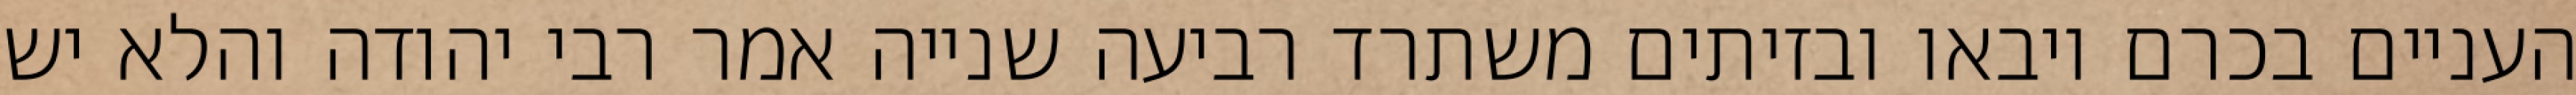
העניים בכרם ויבאו ובזיתים משתרד רביעה שנייה אמר רבי יהודה והלא יש